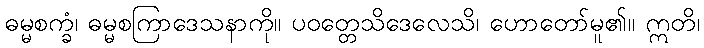
ဓမ္မစက္ခံ၊ ဓမ္မစကြာဒေသနာကို။ ပဝတ္တေသိဒေလေသိ၊ ဟောတော်မူ၏။ ဣတိ၊